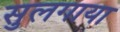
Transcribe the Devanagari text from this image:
सुलगाया